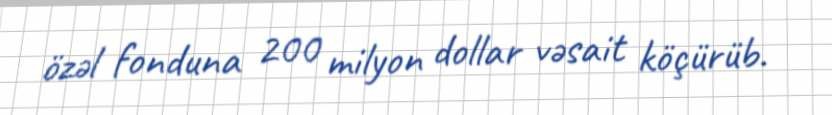
özəl fonduna 200 milyon dollar vəsait köçürüb.